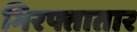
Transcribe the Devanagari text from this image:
गिरफ्तातार